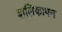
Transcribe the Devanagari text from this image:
बालिकापन